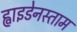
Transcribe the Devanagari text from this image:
ह्वाइडेनस्ताम